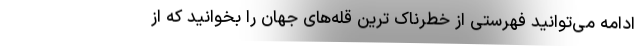
ادامه می‌توانید فهرستی از خطرناک ترین قله‌های جهان را بخوانید که از